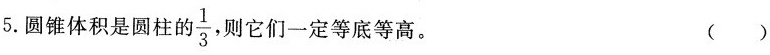
5.圆锥体积是圆柱的\frac{1}{3}则它们一定等底等高。 ()